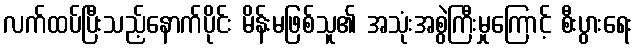
လက်ထပ်ပြီးသည့်နောက်ပိုင်း မိန်းမဖြစ်သူ၏ အသုံးအစွဲကြီးမှုကြောင့် စီးပွားရေး